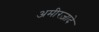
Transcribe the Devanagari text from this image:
अमीरज़ादे